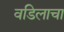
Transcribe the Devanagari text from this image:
वडिलाचा